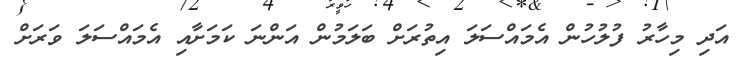
އަދި މިހާރު ފުލުހުން އެމައްސަލަ އިތުރަށް ބަލަމުން އަންނަ ކަމަށާއި އެމައްސަލަ ވަރަށް